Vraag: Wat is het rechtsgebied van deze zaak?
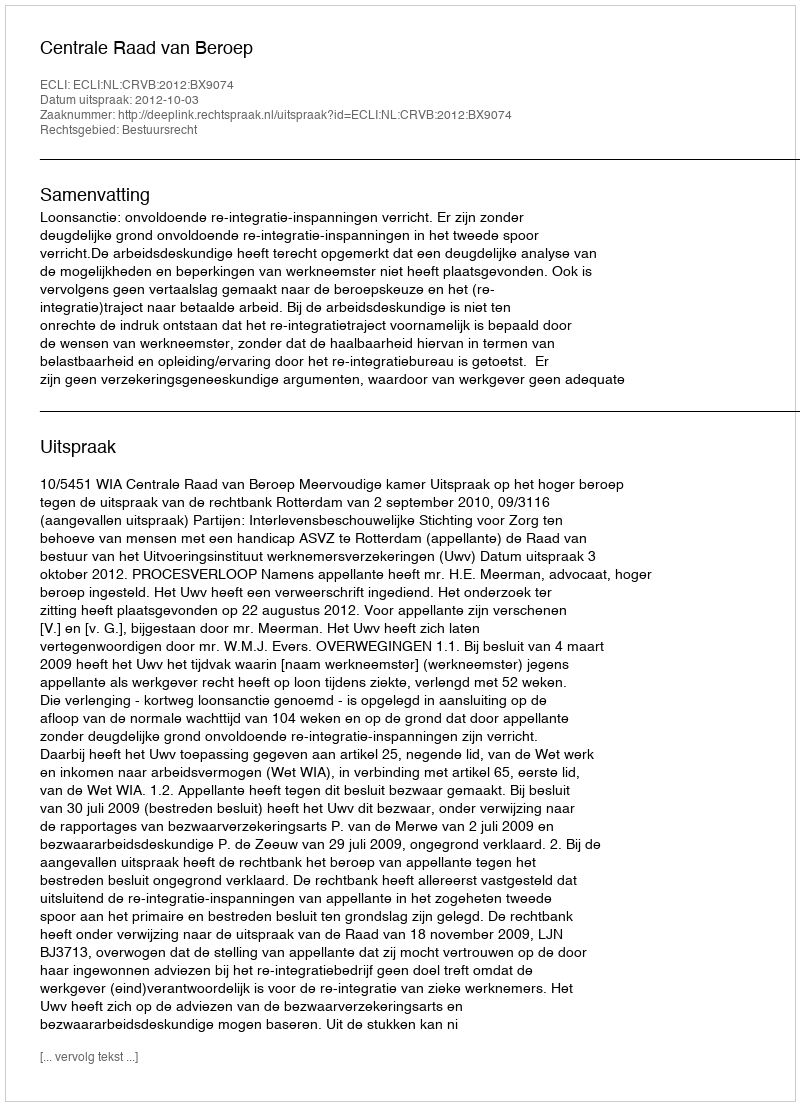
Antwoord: Bestuursrecht